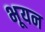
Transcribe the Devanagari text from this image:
भूयन